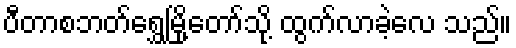
ပီတာစဘတ်ရွှေမြို့တော်သို့ ထွက်လာခဲ့လေ သည်။